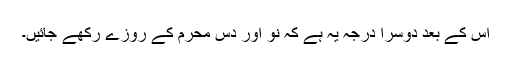
اس کے بعد دوسرا درجہ یہ ہے کہ نو اور دس محرم کے روزے رکھے جائیں۔